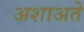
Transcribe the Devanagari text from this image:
अशाअते